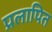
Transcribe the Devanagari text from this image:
प्रलापित